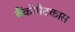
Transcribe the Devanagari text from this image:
बैंकोमैटकास